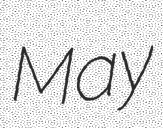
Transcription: May